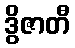
ဒွိဇာတီ